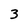
Character: 3